[Report on the health of British troops in the Madras command]
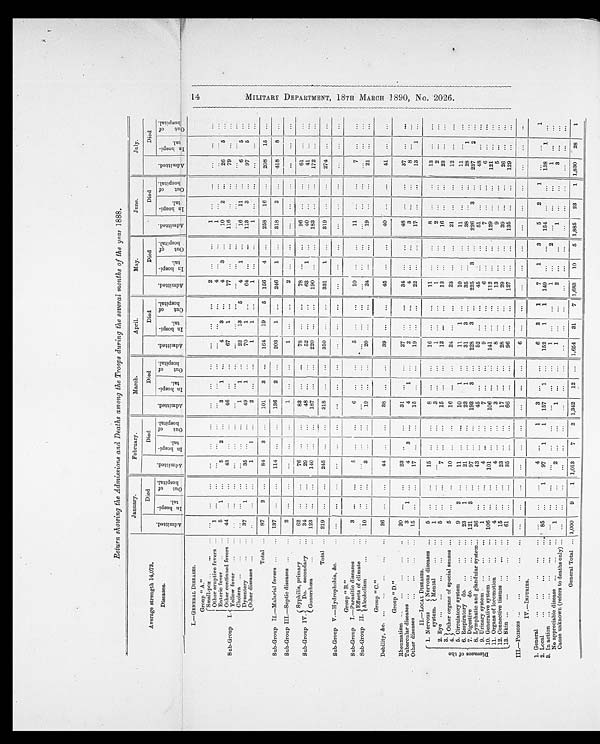
Return showing the Admissions and Deaths among the Troops during the several months of the year 1888.
Average strength 14,073.
Diseases.
January.
February.
March.
April.
May.
June.
July.
A d m i t t e d .
Died
A d m i t t e d .
Died
A d m i t t e d .
Died
A d m i t t e d .
Died
A d m i t t e d .
Died
A d m i t t e d .
Died
A d m i t t e d .
Died
I n h o s p i - t a l .
O u t o f h o s p i t a l .
I n h o s p i - t a l .
O u t o f h o s p i t a l .
I n h o s p i - t a l .
O u t o f h o s p i t a l .
I n h o s p i - t a l .
O u t o f h o s p i t a l .
I n h o s p i - t a l .
O u t o f h o s p i t a l .
I n h o s p i - t a l .
O u t o f h o s p i t a l .
I n h o s p i - t a l .
O u t o f h o s p i t a l .
I.—GENERAL DISEASES.
Group "A."
Sub-Group I.
Small-pox
. . .
. . .
...
. . .
. . .
. . .
. . .
. . .
. . .
. . .
...
. . .
2
...
...
1 ...
. . .
. . .
. . .
. . .
Other eruptive fevers
1
. . .
...
. . .
. . .
...
. . .
. . .
...
. . .
. . .
. . .
4
. . .
. . .
1
. . .
...
. . .
. . .
. . .
Enteric fever
5
1
. . .
5
2
...
3
1 ...
4
3
. . .
4
3
. . .
10
2
. . .
26
5
. . .
Other continued fevers
44
. . .
...
43
. . .
...
46
...
...
67
1
. . .
...
77
. . .
...
116
...
79
. . .
...
Yellow fever
. . .
...
. . .
...
. . .
. . .
. . .
. . .
. . .
. . .
. . .
. . .
. . .
. . .
...
. . .
...
. . .
. . .
...
. . .
Cholera
. . .
...
...
...
...
...
1
1
...
22
13
5
4
1
. . .
16
11
. . .
6
5
. . .
Dysentery
37
1
...
35 ...
. . .
49
1
...
70
1
. . .
64
. . .
...
113
3
...
97
5
...
Other diseases
. . .
...
...
1
1
...
2
...
...
1
1
. . .
1
...
...
1
...
...
. . .
...
...
Total
87
2
. . .
84
3 ...
101
3
...
164
19
5
156
4 ...
258
16
...
208
15
...
Sub-Group II.—Malarial fevers
137 ...
...
114 ...
...
136
2 ...
203
1
. . .
246
1
...
318
2
...
418
8
...
Sub-Group III.—Septic diseases
2
. . .
...
...
...
...
1
...
...
1
...
...
2 ...
...
...
...
...
...
...
...
Sub-Group IV.
Syphilis, primary
62
...
...
76 ...
...
83
...
...
78
. . .
. . .
78
. . .
. . .
96
. . .
. . .
61
. . .
. . .
Do. secondary
34
. . .
...
29
. . .
...
48
. . .
...
52
. . .
...
63
1
...
40
...
...
41
...
. . .
Gonorrhœa
123
. . .
. . .
140 ...
. . .
187 ...
...
220 ...
...
190 ...
. . .
183
...
...
172 ...
. . .
Total
219
...
...
245
...
. . .
318
...
...
350
...
. . .
331
1
. . .
319
...
. . .
274 ...
. . .
Sub-Group V.—Hydrophobia, &c.
. . .
. . .
. . .
. . .
. . .
. . .
. . .
. . .
. . .
...
...
. . .
...
...
. . .
...
...
. . .
. . .
...
. . .
Group "B."
Sub-Group I.—Parasitic diseases
3
. . .
. . .
5
. . .
. . .
6
. . .
. . .
5
. . .
. . .
10
. . .
. . .
11
. . .
. . .
7
. . .
. . .
Sub-Group II.
Ef f ect s of cl i mat e
. . .
...
. . .
...
...
...
...
...
. . .
. . .
...
...
. . .
...
. . .
. . .
...
. . .
. . .
...
...
Alcoholism
10
...
. . .
3
. . .
...
...
19
...
...
20
...
...
24 ...
...
19
. . .
...
21 ...
...
Group "C."
Debility, &c.
26 ...
...
44
. . .
. . .
38
...
. . .
39 ...
. . .
45
. . .
. . .
40
...
...
41 ...
...
Group "D."
Rheumatism
20
. . .
. . .
23
. . .
. . .
31
. . .
. . .
27
. . .
. . .
34
. . .
. . .
48
. . .
. . .
3 7
. . .
. . .
Tubercular diseases
3
1
...
4
3
...
4
1
...
2
...
. . .
4
...
. . .
3
...
. . .
8
...
. . .
Other diseases
15
. . .
. . .
17
...
...
15
...
. . .
19
...
. . .
22 ...
. . .
17 ...
. . .
13
1
. . .
II.—LOCAL DISEASES.
D i s e a s e s o f t h e
1. Nervous
system.
Nervous diseases
5
. . .
. . .
15
. . .
. . .
8
. . .
. . .
16
. . .
. . .
11
. . .
. . .
8
. . .
. . .
1 3
. . .
. . .
Mental
1
. . .
. . .
. . .
...
. . .
3
. . .
...
1
...
. . .
1
...
. . .
2
...
...
2
...
. . .
2. Eye
5
. . .
. . .
7
. . .
. . .
15
...
...
13
...
. . .
13
...
...
16
. . .
...
23 ...
. . .
3. Other organs of special senses
5
. . .
. . .
10
. . .
...
16 ...
. . .
24 ...
...
23
...
...
21
...
...
12
...
...
4.
5. Circulatory system
9
2
...
11
. . .
. . .
10
1
. . .
11
1
. . .
10
. . .
. . .
11
. . .
. . .
1 1
. . .
. . .
6. Respiratory do.
23
1
...
21
...
...
23
1
...
31
3
. . .
35
...
. . .
38
...
. . .
2 8
1
. . .
7. Digestive
do.
121
3
. . .
97
...
...
193
3
...
228
3
. . .
225
3
. . .
226
3
. . .
237
2
. . .
8. Lymphatic and glandular system
36
...
...
43
...
. . .
45
. . .
. . .
52
. . .
. . .
45
. . .
. . .
51
. . .
. . .
48
. . .
. . .
9. Urinary system
1
...
...
4
...
. . .
7
...
...
9
...
. . .
6
. . .
...
7
...
...
6
. . .
. . .
10. Generative system
106 ...
...
101
. . .
. . .
106
...
. . .
141
...
. . .
112
. . .
. . .
129
...
. . .
1 2 1
. . .
. . .
11. Organs of locomotion
4 ...
...
4
. . .
...
3
...
. . .
8
. . .
. . .
13
...
...
9
. . .
...
5
. . .
. . .
12. Connective tissues
15
. . .
. . .
23 ...
. . .
17 ...
...
28 ...
. . .
29
...
...
39
. . .
...
26
. . .
. . .
13. Skin
61
. . .
. . .
35
. . .
...
66
...
...
96 ...
...
127 .. .
...
135
...
...
129
...
...
III.—POISONS
. . .
. . .
. . .
. . .
...
. . .
. . .
...
. . .
6 ...
. . .
...
. . .
. . .
. . .
. . .
. . .
. . .
. . .
. . .
IV.—INJURIES.
1. General
. . .
. . .
. . .
4
. . .
1
3
. . .
. . .
6
3
1
7
1
3
5
2
1
. . .
. . .
1
2. Local
85 ...
1
97
1
1
157
1
...
152
1
1
149
. . .
. . .
154
. . .
. . .
138
1
. . .
3. In action
. . .
. . .
. . .
. . .
. . .
. . .
. . .
. . .
. . .
1
. . .
. . .
1
...
2
. . .
...
...
1
. . .
. . .
No appreciable disease
1 ...
...
2
. . .
. . .
1
. . .
. . .
1
...
...
2
...
. . .
1
. . .
...
3
. . .
. . .
Cause unknown (refers to deaths only)
...
...
...
. . .
...
...
. . .
...
. . .
. . .
. . .
. . .
. . .
. . .
. . .
. . .
. . .
...
...
...
...
. . .
General Total
1,000
9
1 1 , 0 1 3
7
2 1,342
12 ... 1,654
31
7 1,683
10
5 1,885
23
1 1,830
28
1